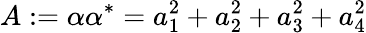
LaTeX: A:=\alpha\alpha^{*}=a_{1}^{2}+a_{2}^{2}+a_{3}^{2}+a_{4}^{2}